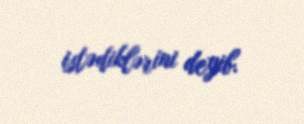
istədiklərini deyib.